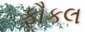
ફૌકલ